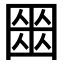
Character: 𡈍